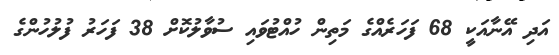
އަދި އޭނާއަކީ 68 ފަހަރެއްގެ މަތިން ހުއްޓުވައި ސުވާލުކޮށް 38 ފަހަރު ފުލުހުންގެ